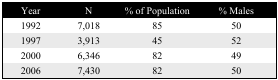
<table><thead><tr><td><b>Year</b></td><td><b>N</b></td><td><b>% of Population</b></td><td><b>% Males</b></td></tr></thead><tbody><tr><td>1992</td><td>7,018</td><td>85</td><td>50</td></tr><tr><td>1997</td><td>3,913</td><td>45</td><td>52</td></tr><tr><td>2000</td><td>6,346</td><td>82</td><td>49</td></tr><tr><td>2006</td><td>7,430</td><td>82</td><td>50</td></tr></tbody></table>